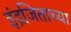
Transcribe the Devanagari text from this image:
इंद्रजिताच्या